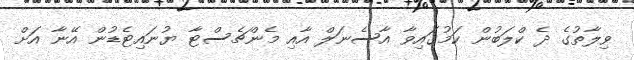
ވިލާތުގެ ދެ ކްލަބުން ކަމުގައިވާ އާސެނަލް އާއި މެންޗެސްޓާ ޔުނައިޓެޑުން އޭނާ އަށް